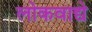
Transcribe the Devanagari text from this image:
लोकवाद्ये